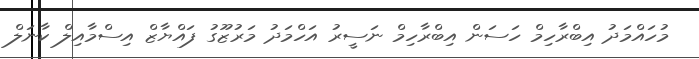
މުހައްމަދު އިބްރާހިމް ހަސަން އިބްރާހިމް ނަސީރު އަހްމަދު މަރުޒޫގު ފައްޔާޒް އިސްމާއިލް ކާނަލް